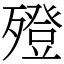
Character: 𣩟